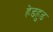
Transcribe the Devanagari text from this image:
हेडहुड